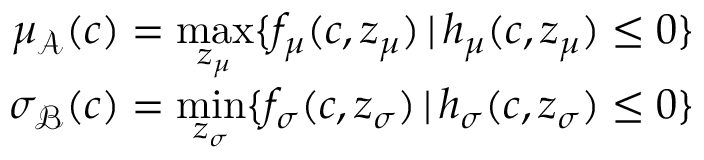
\begin{array} { r } { \mu _ { \mathcal { A } } ( c ) = \underset { z _ { \mu } } { \mathrm { m a x } } \{ f _ { \mu } ( c , z _ { \mu } ) \, | \, h _ { \mu } ( c , z _ { \mu } ) \leq 0 \} } \\ { \sigma _ { \mathcal { B } } ( c ) = \underset { z _ { \sigma } } { \mathrm { m i n } } \{ f _ { \sigma } ( c , z _ { \sigma } ) \, | \, h _ { \sigma } ( c , z _ { \sigma } ) \leq 0 \} } \end{array}